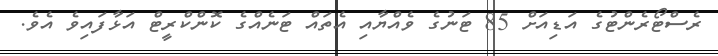
ރެސްޓޯރެންޓުގެ އަޑިއަށް 85 ޓަނުގެ ވެއްޔާއި އެތައް ޓަނެއްގެ ކޮންކްރީޓް އަޅާފައިވެ އެވެ.